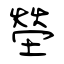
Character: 塋